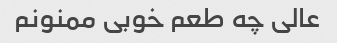
عالی چه طعم خوبی ممنونم